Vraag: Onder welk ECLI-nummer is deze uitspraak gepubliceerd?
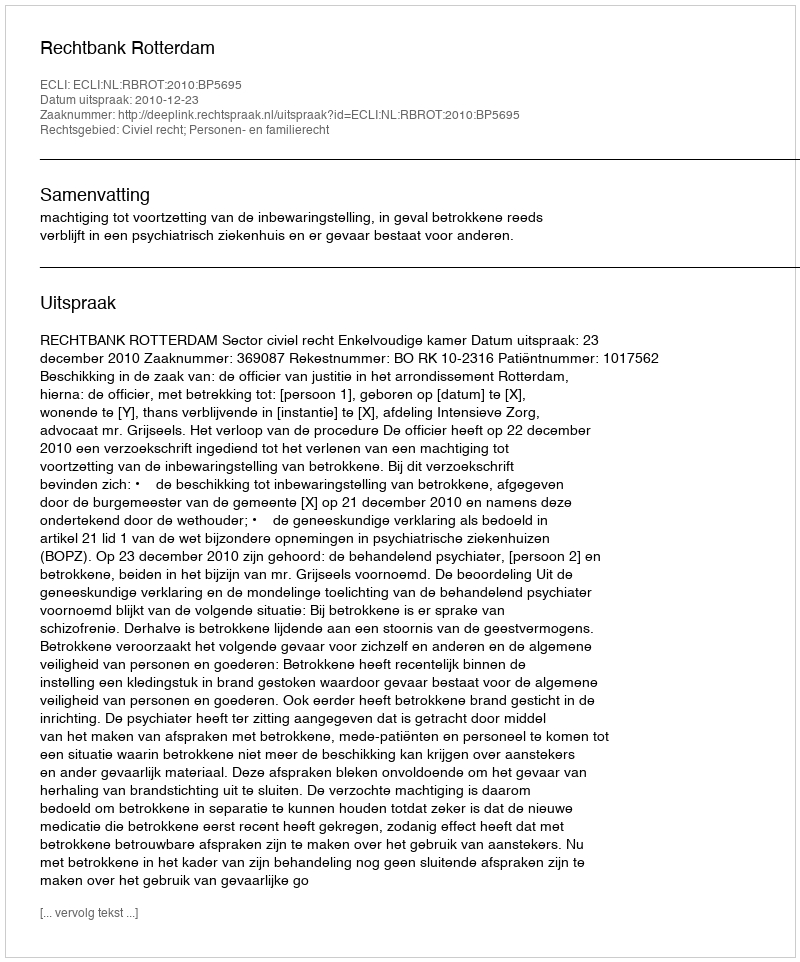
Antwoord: ECLI:NL:RBROT:2010:BP5695